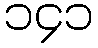
၁၄၁